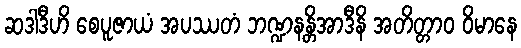
ဆဒါဒီဟိ စေပူဇာယံ အပဿတံ ဘဏ္ဍနန္တိအာဒီနိ အတိတ္တာဝ ဝိမာနေ